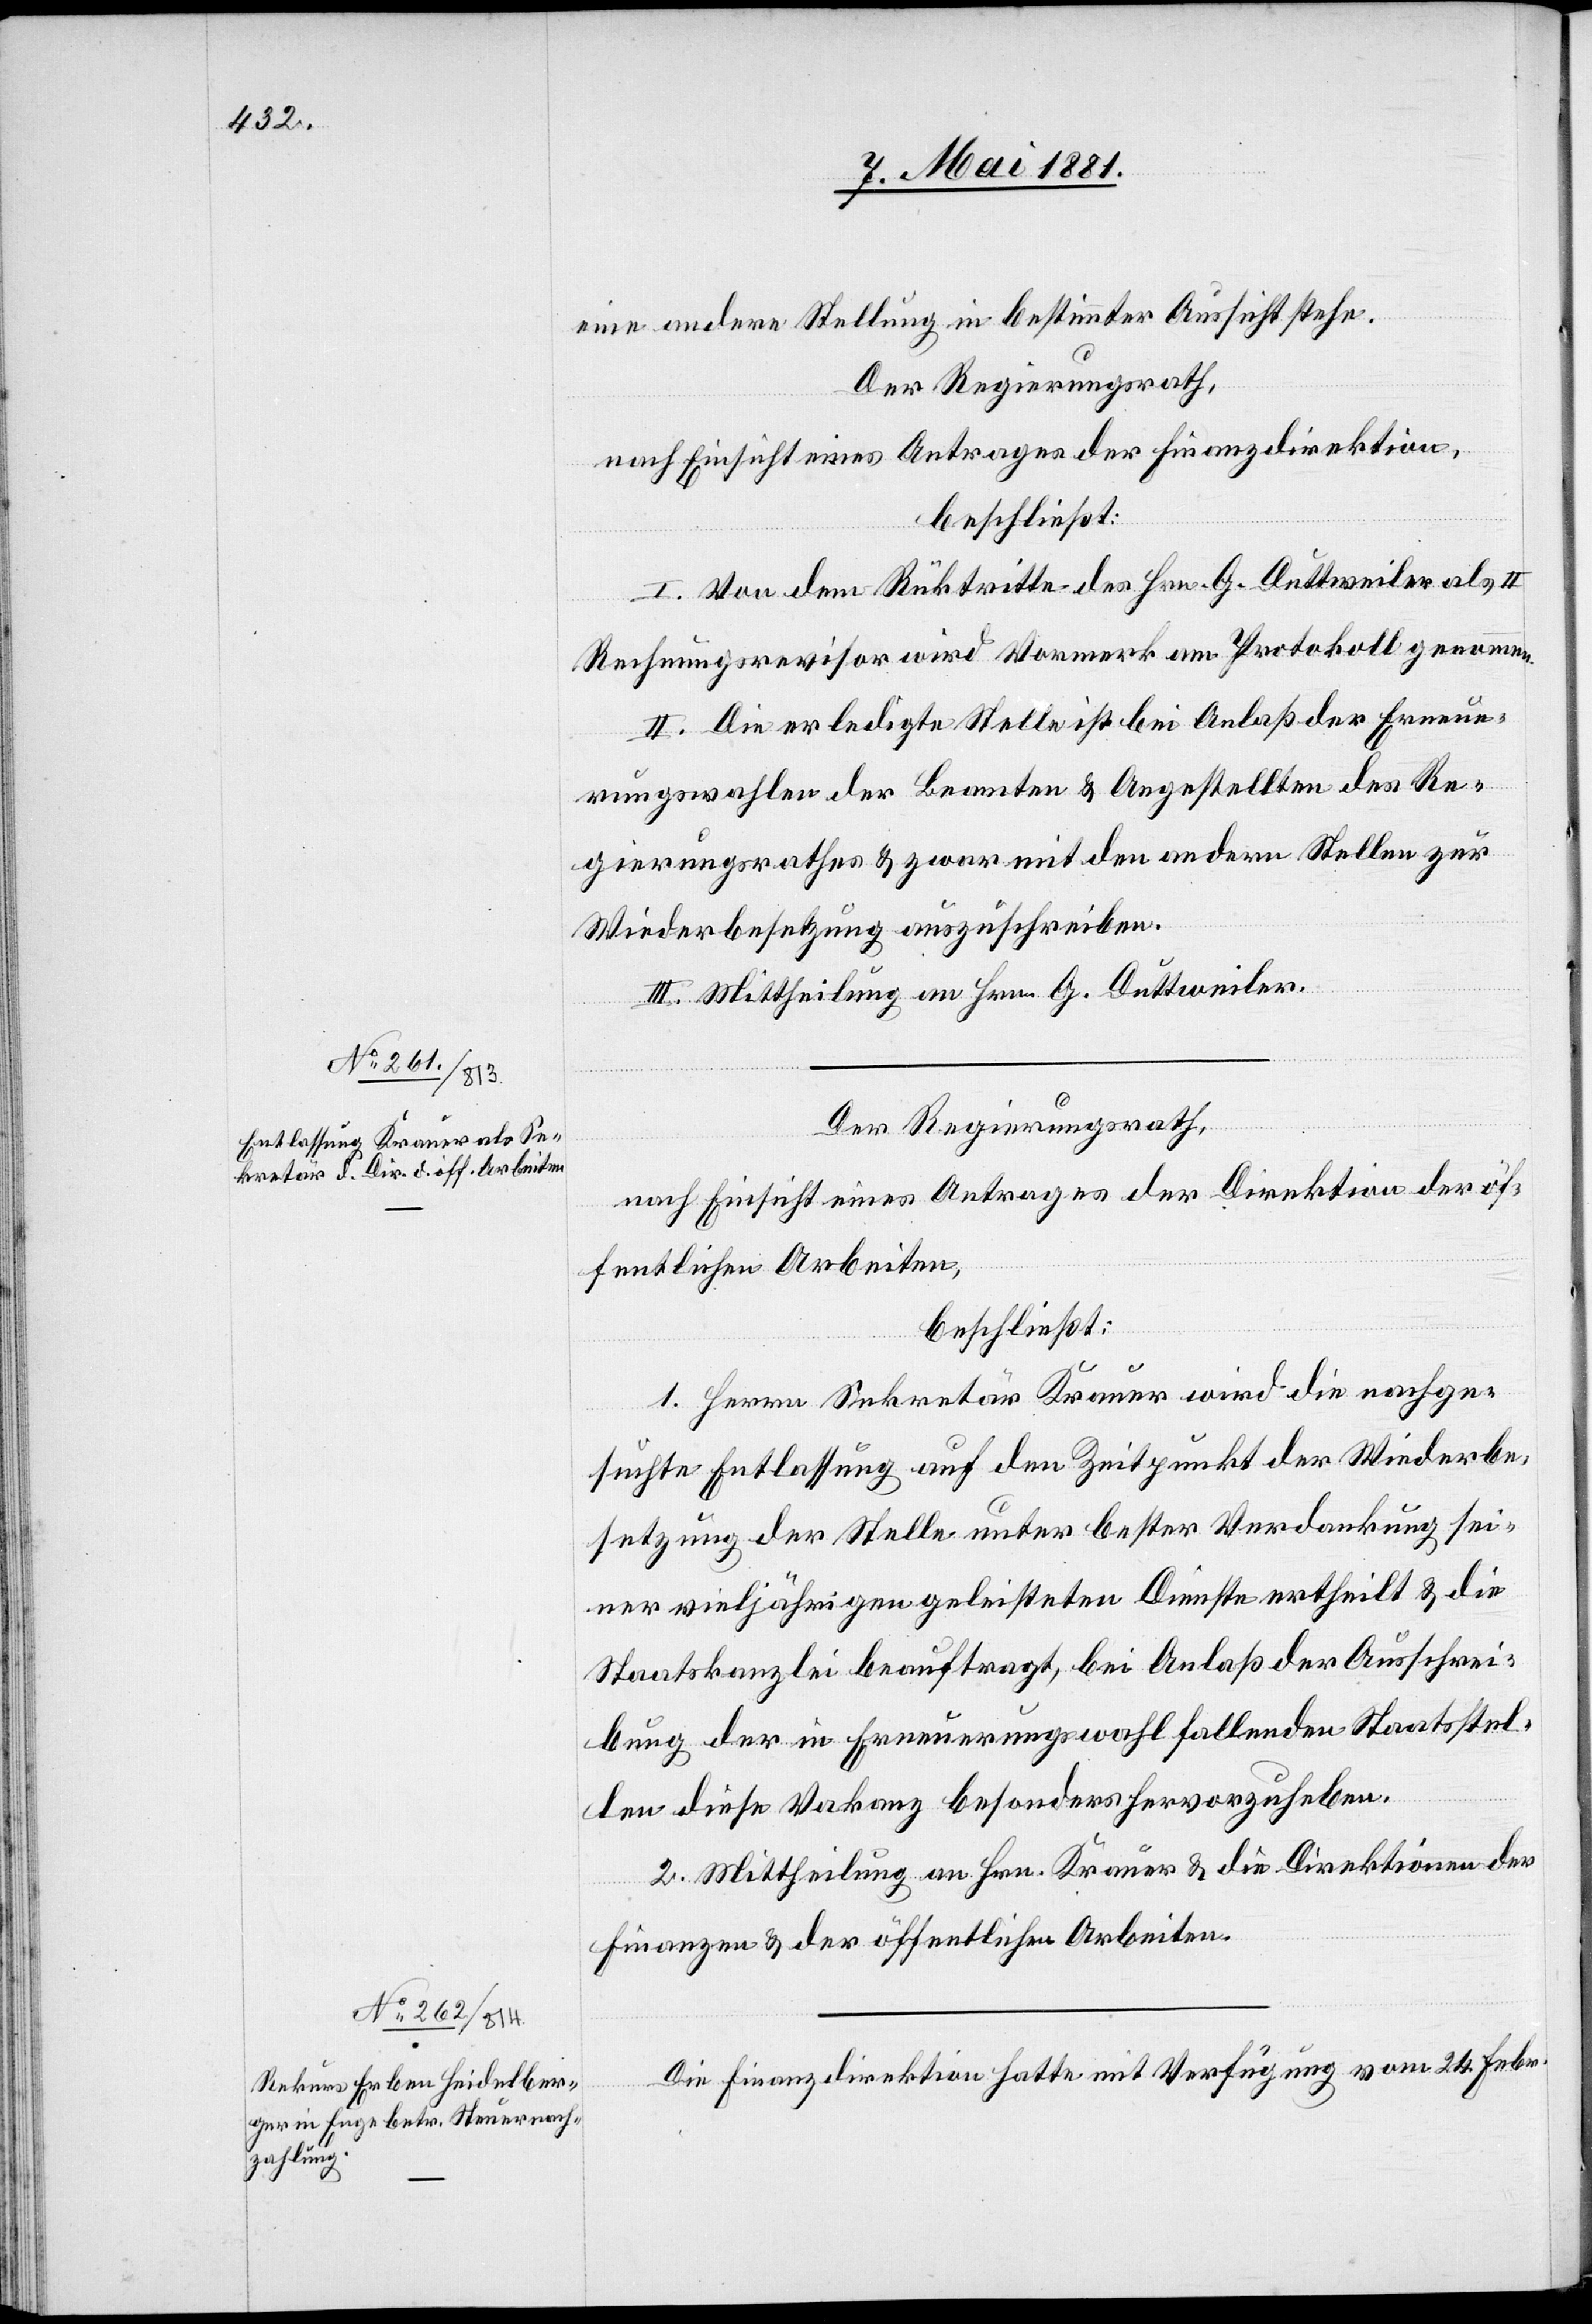
eine andere Stellung in bestimmter Aussicht stehe.
Der Regierungsrath,
nach Einsicht eines Antrages der Finanzdirektion,
beschließt:
I. Von dem Rüktritte des Hrn. G. Duttweiler als II.
Rechnungsrevisor wird Vormerk am Protokoll genommen.
II. Die erledigte Stelle ist bei Anlaß der Erneue¬
rungswahlen der Beamten & Angestellten des Re¬
gierungsrathes & zwar mit den andern Stellen zur
Wiederbesetzung auszuschreiben.
III. Mittheilung an Hrn. G. Duttweiler.
Der Regierungsrath,
nach Einsicht eines Antrages der Direktion der öf¬
fentlichen Arbeiten.
beschließt:
1. Herrn Sekretär Krauer wird die nachge¬
suchte Entlassung auf den Zeitpunkt der Wiederbe¬
setzung der Stelle unter bester Verdankung sei¬
ner vieljährigen geleisteten Dienste ertheilt & die
Staatskanzlei beauftragt, bei Anlaß der Ausschrei¬
bung der in Erneuerungswahl fallenden Staatsstel¬
len diese Vakanz besonders hervorzuheben.
2. Mittheilung an Hrn. Krauer & die Direktion der
öf¬
Die Finanzdirektion hatte mit Verfügung vom 24. Febr.